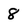
Character: 8